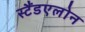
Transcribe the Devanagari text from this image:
स्टैंडएलोन